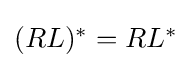
{\textstyle (RL)^{*}=RL^{*}}